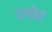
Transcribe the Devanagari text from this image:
दगोर